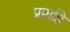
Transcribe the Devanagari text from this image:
प्रपाहि